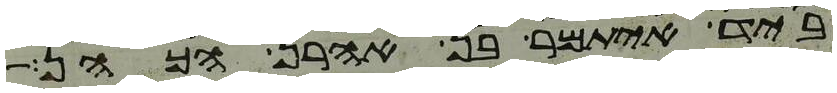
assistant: ביד איתמר בן אהרן הכהן